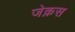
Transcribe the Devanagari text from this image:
जेक़स